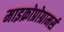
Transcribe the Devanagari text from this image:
माइक्रोप्रोग्रामर्स